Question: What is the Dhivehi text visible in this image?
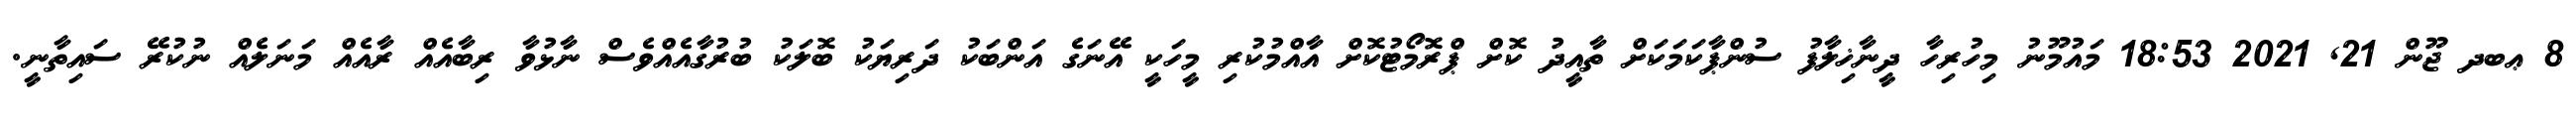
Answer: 8 ޢބދ ޖޫން 21, 2021 18:53 މައުމޫނު މިހުރިހާ ދީނާޚިލާފު ސުންޕާކަމަކަށް ތާއީދު ކޮށް ޕްރޮމޯޓުކޮށް އާއްމުކުރި މީހަކީ އޭނަގެ އަންބަކު ދަރިޔަކު ބޮލަކު ބުރުގާއެއްވެސް ނާޅުވާ ރިބާއެއް ރާއެއް މަނަލެއް ނުކުރޭ ސައިތާނީ.